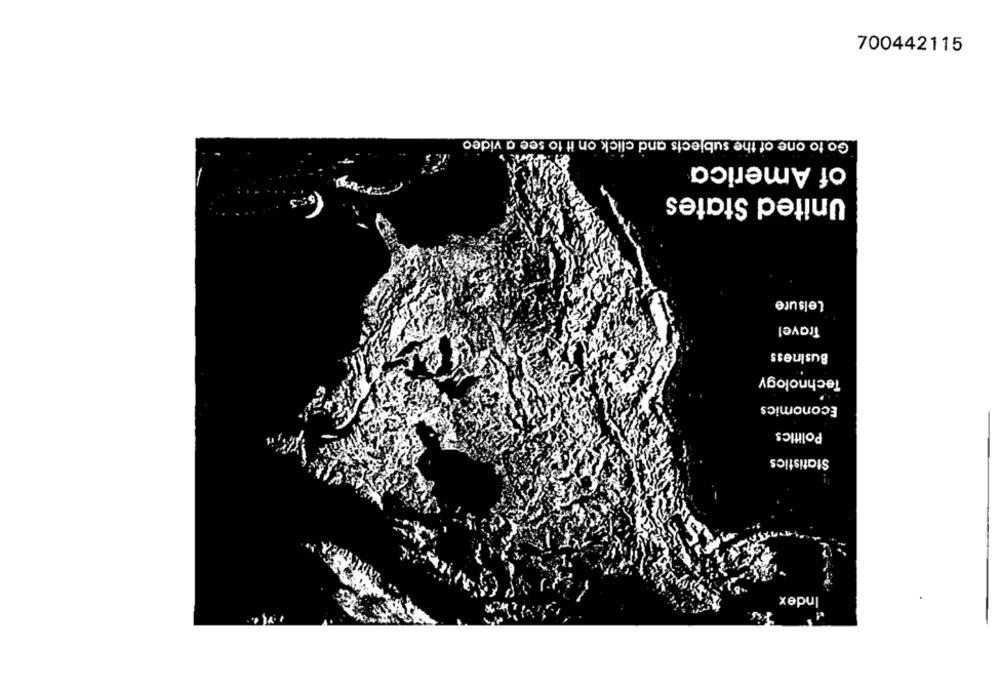
700442115
Go to one of the subjects and click on it to see a video
of America
United States
Lelsure
Travel
Business
Technology
Economics
Politics
Statistics
Index
Fis